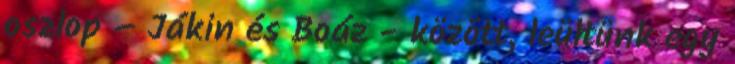
oszlop – Jákin és Boáz - között, leültünk egy